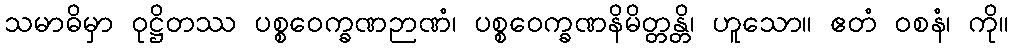
သမာဓိမှာ ဝုဋ္ဌိတဿ ပစ္စဝေက္ခဏဉာဏံ၊ ပစ္စဝေက္ခဏနိမိတ္တန္တိ၊ ဟူသော။ ဧတံ ဝစနံ၊ ကို။